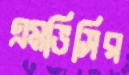
এমভিসির